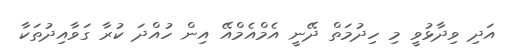
އަދި ވިދާޅުވީ މި ހިދުމަތް ދޭނީ އެމްއެމްއޭ އިން ހުއްދަ ކުރާ ގަވާއިދުތަކާ